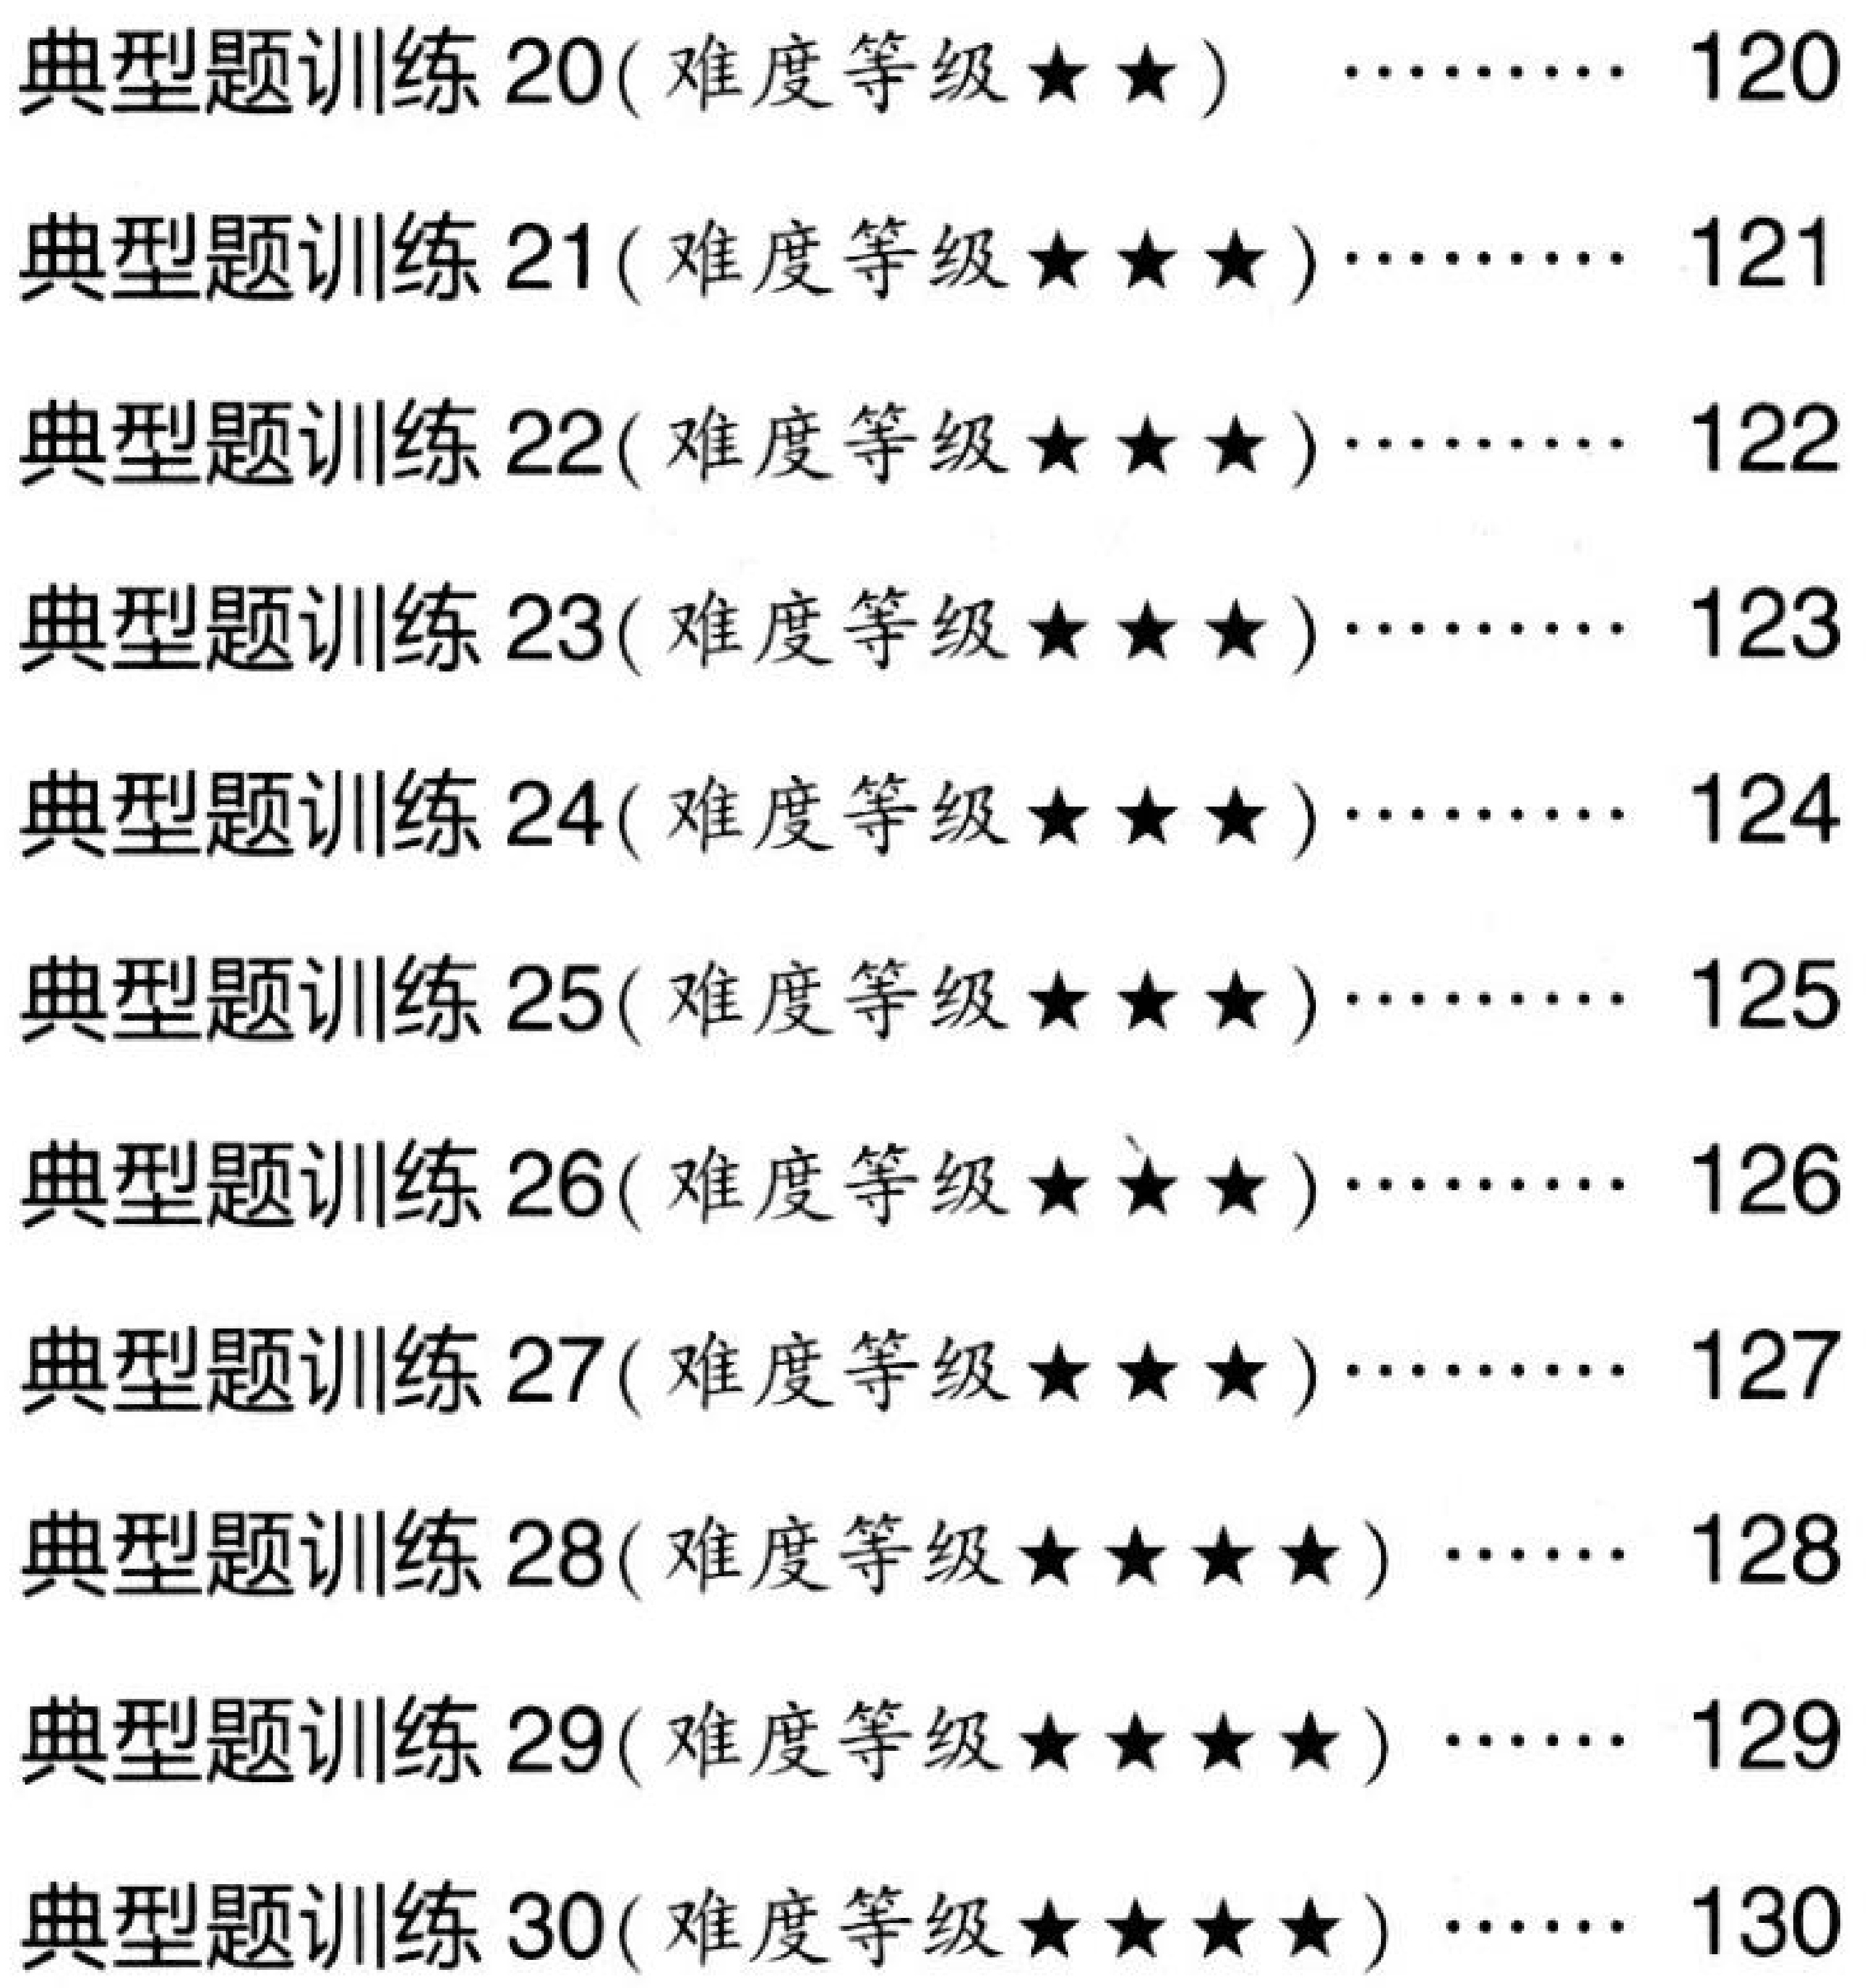
典型题训练20(难度等级★★) …… 120
典型题训练21(难度等级★★★)…… 121
典型题训练22(难度等级★★★)…… 122
典型题训练23(难度等级★★★)…… 123
典型题训练24(难度等级★★★)…… 124
典型题训练25(难度等级★★★)…… 125
典型题训练26(难度等级★★★)…… 126
典型题训练27(难度等级★★★)…… 127
典型题训练28(难度等级★★★★) …… 128
典型题训练29(难度等级★★★★) …… 129
典型题训练30(难度等级★★★★) …… 130